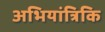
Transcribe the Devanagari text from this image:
अभियांत्रिकि